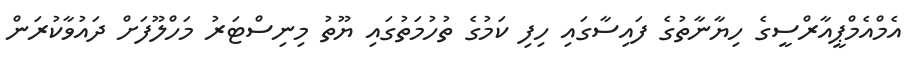
އެމްއެމްޕީއާރްސީގެ ހިޔާނާތުގެ ފައިސާގައި ހިފި ކަމުގެ ތުހުމަތުގައި ޔޫތު މިނިސްޓަރު މަހްލޫފަށް ދައުވާކުރަން